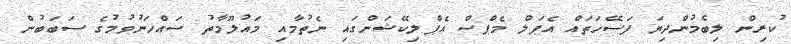
ކުރިން ލިބެމުންދިޔަ ފަސޭހަތައް އެޕަލް މެޕްސް އެޕްލިކޭޝަންގައި ނެތުމާއި މައުލޫމާތު ސައްހަނުވުމުގެ ސަބަބުން